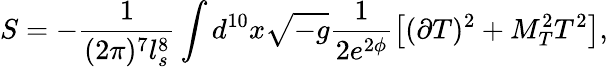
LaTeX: S=-\frac{1}{(2\pi)^{7}l_{s}^{8}}\int d^{10}x\sqrt{-g}\frac{1}{2e^{2\phi}}\left[(\partial T)^{2}+M_{T}^{2}T^{2}\right],